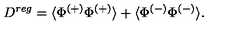
D ^ { r e g } = \langle \Phi ^ { ( + ) } \Phi ^ { ( + ) } \rangle + \langle \Phi ^ { ( - ) } \Phi ^ { ( - ) } \rangle .